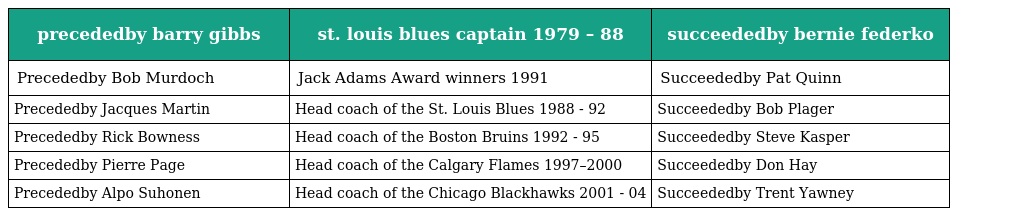
| precededby barry gibbs | st. louis blues captain 1979 – 88 | succeededby bernie federko |
 | --- | --- | --- |
 | Precededby Bob Murdoch | Jack Adams Award winners 1991 | Succeededby Pat Quinn |
 | Precededby Jacques Martin | Head coach of the St. Louis Blues 1988 - 92 | Succeededby Bob Plager |
 | Precededby Rick Bowness | Head coach of the Boston Bruins 1992 - 95 | Succeededby Steve Kasper |
 | Precededby Pierre Page | Head coach of the Calgary Flames 1997–2000 | Succeededby Don Hay |
 | Precededby Alpo Suhonen | Head coach of the Chicago Blackhawks 2001 - 04 | Succeededby Trent Yawney |